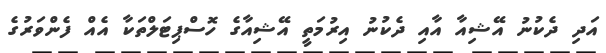
އަދި ދެކުނު އޭޝިއާ އާއި ދެކުނު އިރުމަތީ އޭޝިއާގެ ހޮސްޕިޓަލްތަކާ އެއް ފެންވަރުގެ